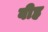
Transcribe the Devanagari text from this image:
वीह